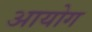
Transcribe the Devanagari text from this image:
अायोग